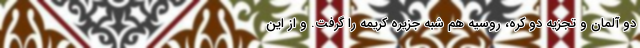
دو آلمان و تجزيه دو کره، روسيه هم شبه جزيره کريمه را گرفت. و از اين